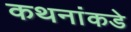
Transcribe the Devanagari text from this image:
कथनांकडे